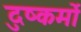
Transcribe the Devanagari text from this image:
दुष्कर्मो